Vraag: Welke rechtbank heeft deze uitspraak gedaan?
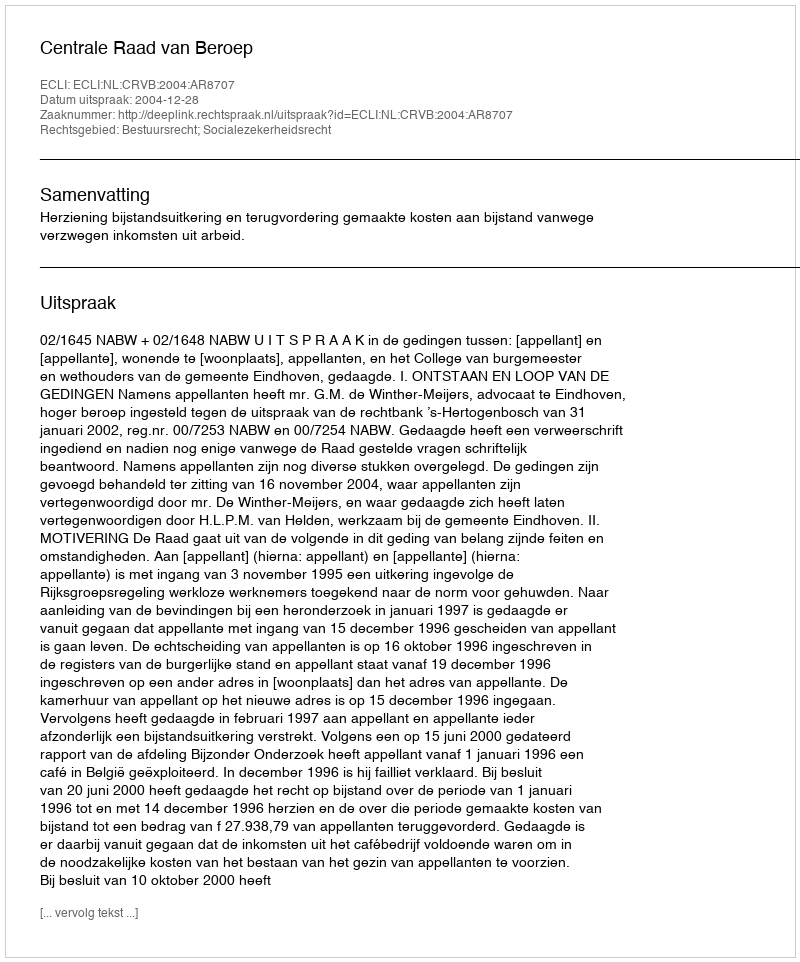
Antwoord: Centrale Raad van Beroep